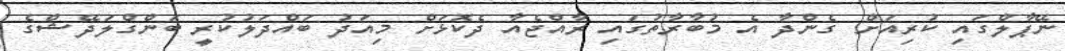
ނޭޕާލްގައި ކުރިއަށް ގެންދާ އެ މުބާރާތުގައި ރާއްޖެއާ ދެކޮޅަށް މިއަދު ބައްދަލުކުރީ ބަންގްލަދޭޝްގެ